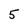
Character: 5